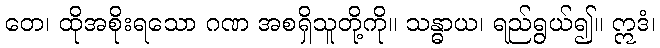
တေ၊ ထိုအစိုးရသော ဂဏ အစရှိသူတို့ကို။ သန္ဓာယ၊ ရည်ရွယ်၍။ ဣဒံ၊